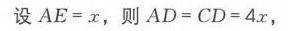
设$AE = x$，则$AD = CD = 4x$，